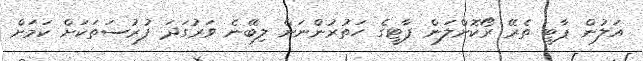
އަލުން ޕާޓީ ތެރޭ ރޯކޮށްލަން ޕާޓީގެ ހަތުރުންނަށް ލިބޭނެ ވަރުގަދަ ފުރުސަތަކަށް ކަމަށް